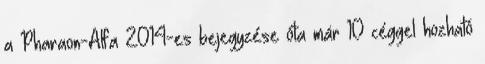
a Pharaon-Alfa 2014-es bejegyzése óta már 10 céggel hozható